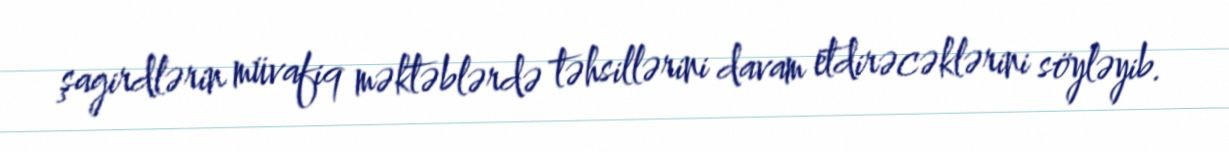
şagirdlərin müvafiq məktəblərdə təhsillərini davam etdirəcəklərini söyləyib.